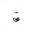
Letter: _qaf